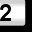
Digit: 2